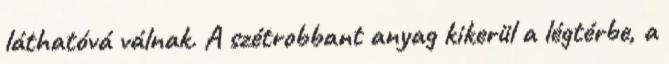
láthatóvá válnak. A szétrobbant anyag kikerül a légtérbe, a